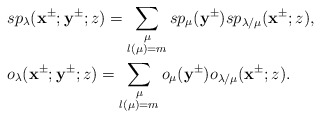
\begin{align*}&sp_\lambda(\mathbf{x}^{\pm};\mathbf{y}^{\pm};z)=\sum_{\substack{\mu\\l(\mu)=m }}sp_\mu(\mathbf{y}^{\pm})sp_{\lambda/\mu}(\mathbf{x}^{\pm};z),\\&o_\lambda(\mathbf{x}^{\pm};\mathbf{y}^{\pm};z)=\sum_{\substack{\mu\\l(\mu)=m }}o_\mu(\mathbf{y}^{\pm})o_{\lambda/\mu}(\mathbf{x}^{\pm};z).\end{align*}